Annual report on the lock hospitals of the Madras Presidency
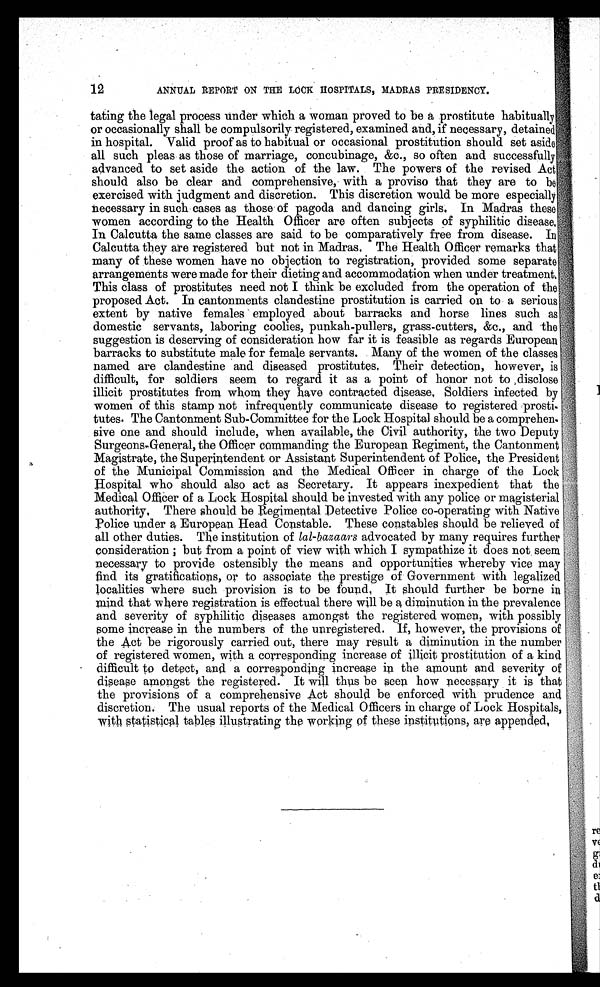
12
ANNUAL REPORT ON THE LOCK HOSPITALS, MADRAS PRESIDENCY.
tating the legal process under which a woman proved to be a prostitute habitually
or occasionally shall be compulsorily registered, examined and, if necessary, detained
in hospital. Valid proof as to habitual or occasional prostitution should set aside
all such pleas as those of marriage, concubinage, &c., so often and successfully
advanced to set aside the action of the law. The powers of the revised Act
should also be clear and comprehensive, with a proviso that they are to be
exercised with judgment and discretion. This discretion would be more especially
necessary in such cases as those of pagoda and dancing girls. In Madras thes
e w o m e n a c c o r d i n g t o t h e H e a l t h O f f i c e r a r e o f t e n s u b j e c t s o f s y p h i l i t i c d i s e a s e .
In Calcutta the same classes are said to be comparatively free from disease. In
Calcutta they are registered bat not in Madras. The Health Officer remarks that
many of these women have no objection to registration, provided some separate
arrangements were made for their dieting and accommodation when under treatment.
This class of prostitutes need not I think be excluded from the operation of the
proposed Act. In cantonments clandestine prostitution is carried on to a serious
extent by native females employed about barracks and horse lines such as
domestic servants, laboring coolies, punkah-pullers, grass-cutters, &c., and the
suggestion is deserving of consideration how far it is feasible as regards European
barracks to substitute male for female servants. Many of the women of the classes
named are clandestine and diseased.prostitutes, Their detection, however, is
difficult, for soldiers seem to regard it as a point of honor not to, disclose
illicit prostitutes from whom they have contracted disease, Soldiers infected by
women of this stamp not infrequently communicate disease to registered prosti
tutes. The Cantonment Sub-Committee for the Lock Hospital should be a comprehen
sive one and should include, when available, the Civil authority, the two Deputy
Surgeons-General, the Officer commanding the European Regiment, the Cantonment
Magistrate, the Superintendent or Assistant Superintendent of Police, the President
of the Municipal Commission and the Medical Officer in charge of the Lock
Hospital who should also act as Secretary. It appears inexpedient that the
Medical Officer of a Lock Hospital should be invested with any police or magisterial
authority, There should be Regimental Detective Police co-operating with Native
Police under a European Head Constable. These constables should be relieved of
all other duties. The institution of lal-bazaars advocated by many requires further
consideration ; but from a point of view with which I sympathize it does not seem
necessary to provide ostensibly the means and opportunities whereby vice may
find its gratifications, or to associate the prestige of Government with legalized
localities where such provision is to be found, It should further be borne in
mind that -where registration is effectual there will be a diminution in the prevalence
and severity of syphilitic diseases amongst the registered women, with possibly
some increase in the numbers of the unregistered. If, however, the provisions of
the Act be rigorously carried out, there may result a diminution in the number
of registered women, with a corresponding increase of illicit prostitution of a kind
difficult to detect, and a corresponding increase in the amount and severity of
disease amongst the registered. It will thus be seen how necessary it is that
the provisions of a comprehensive Act should be enforced with prudence and
discretion. The usual reports of the Medical Officers in charge of Lock Hospitals,
with statistical tables illustrating the working of these institutions, are appended,